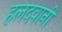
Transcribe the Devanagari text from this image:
हलदवानी